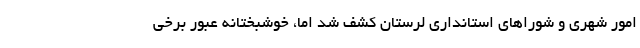
امور شهری و شوراهای استانداری لرستان کشف شد اما، خوشبختانه عبور برخی